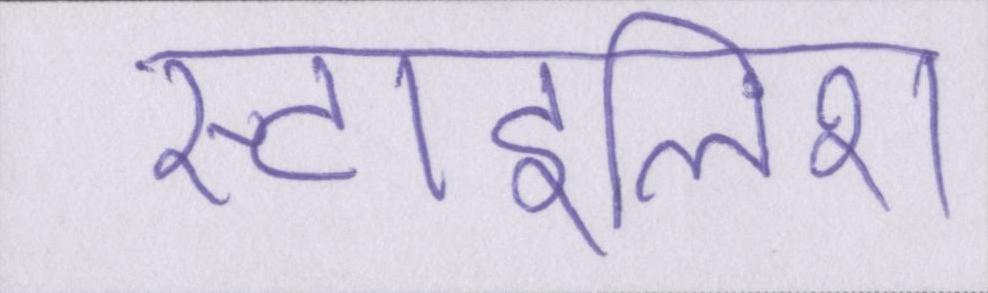
स्टाइलिश